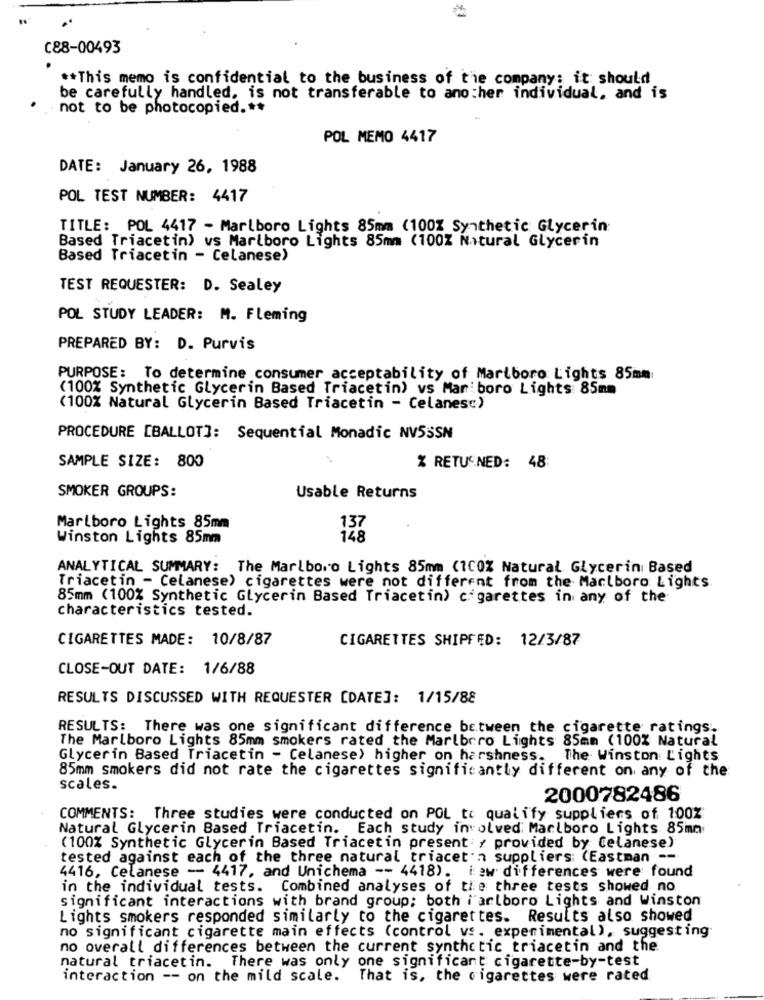
C88-00493
** This memo is confidential to the business of the company: it should
be carefully handled, is not transferable to another individual, and is
not to be photocopied. **
POL MEMO 4417
DATE: January 26, 1988
POL TEST NUMBER: 4417
TITLE: POL 4417 - Marlboro Lights 85mm (100% Synthetic Glycerin
Based Triacetin) vs Marlboro Lights 85mm (100% Natural Glycerin
Based Triacetin - Celanese)
TEST REQUESTER: D. Sealey
POL STUDY LEADER: M. Fleming
PREPARED BY: D. Purvis
PURPOSE: To determine consumer acceptability of Marlboro Lights 85mm
(100% Synthetic Glycerin Based Triacetin) vs Mar boro Lights 85mm
(100% Natural Glycerin Based Triacetin - Celanes:)
PROCEDURE [BALLOT]: Sequential Monadic NVSSSN
SAMPLE SIZE: 800
% RETURNED: 48:
SMOKER GROUPS:
Usable Returns
Marlboro Lights 85mm
137
Winston Lights 85mm
148
ANALYTICAL SUMMARY: The Marlboro Lights 85mm (100% Natural Glycerin Based
Triacetin - Celanese) cigarettes were not different from the Marlboro Lights
85mm (100% Synthetic Glycerin Based Triacetin) cigarettes in any of the
characteristics tested.
CIGARETTES MADE: 10/8/87
CIGARETTES SHIPFED: 12/3/87
CLOSE-OUT DATE: 1/6/88
RESULTS DISCUSSED WITH REQUESTER [DATE]: 1/15/88
RESULTS: There was one significant difference between the cigarette ratings.
The Marlboro Lights 85mm smokers rated the Marlboro Lights 85mm (100% Natural
Glycerin Based Triacetin - Celanese) higher on harshness.
. The Winston Lights
85mm smokers did not rate the cigarettes significantly different on any of the
scales.
2000782486
COMMENTS: Three studies were conducted on POL to qualify suppliers of 100%
Natural Glycerin Based Triacetin. Each study involved Marlboro Lights 85mm
(100% Synthetic Glycerin Based Triacetin present: / provided by Celanese)
tested against each of the three natural triacet'n suppliers (Eastman --
4416, Celanese -- 4417, and Unichema -- 4418). i aw differences were found
in the individual tests. Combined analyses of the three tests showed no
significant interactions with brand group; both i arlboro Lights and Winston
Lights smokers responded similarly to the cigarettes. Results also showed
no significant cigarette main effects (control vs. experimental), suggesting
no overall differences between the current synthetic triacetin and the
natural triacetin. There was only one significant cigarette-by-test
interaction -- on the mild scale.
That is, the cigarettes were rated